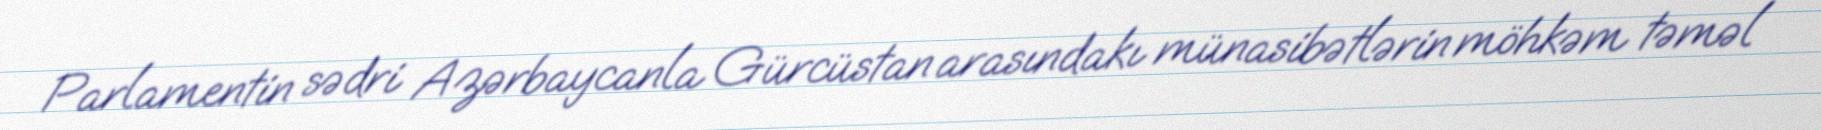
Parlamentin sədri Azərbaycanla Gürcüstan arasındakı münasibətlərin möhkəm təməl